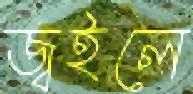
জ্বইলে